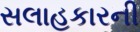
સલાહકારની